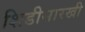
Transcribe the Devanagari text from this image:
शिडीसारखी